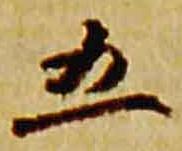
五